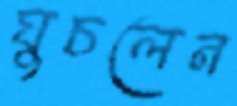
ঘুচলেন